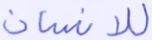
للإنسان